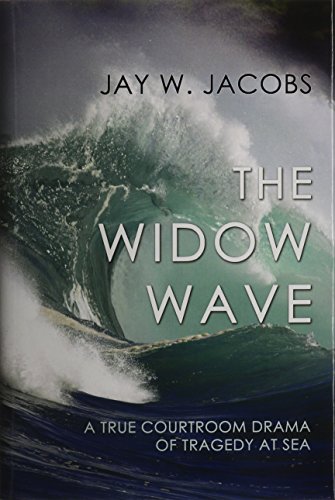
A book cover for The Widow Wave: A True Courtroom Drama of Tragedy at Sea; Jay W. Jacobs; Law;